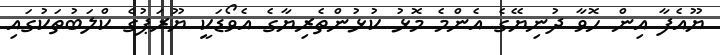
ޔޫއެފާ އިން ހޮވާ ދުނިޔޭގެ އެންމެ މޮޅު ކުޅުންތެރިޔާގެ އެވޯޑަކީ ޔޫރަޕުގެ ކްލަބުތަކުގައި